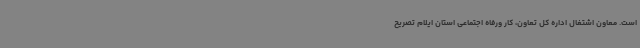
است. معاون اشتغال اداره کل تعاون، کار ورفاه اجتماعی استان ایلام تصریح